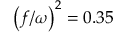
\left( f / \omega \right) ^ { 2 } = 0 . 3 5